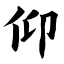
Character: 仰